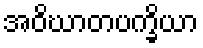
အဝိဃာတပက္ခိယာ